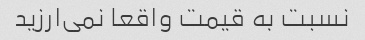
نسبت به قیمت واقعا نمی‌ارزید